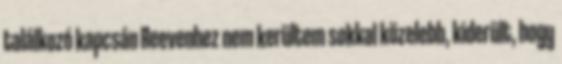
találkozó kapcsán Reevenhez nem kerültem sokkal közelebb, kiderült, hogy